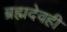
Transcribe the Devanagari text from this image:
ब्रह्मदेवही